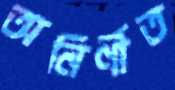
অনির্ণীত